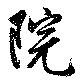
院